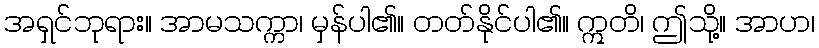
အရှင်ဘုရား။ အာမသက္ကာ၊ မှန်ပါ၏။ တတ်နိုင်ပါ၏။ ဣတိ၊ ဤသို့။ အာဟ၊